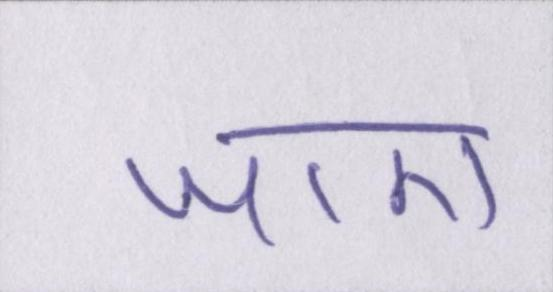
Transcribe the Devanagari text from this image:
जाए